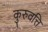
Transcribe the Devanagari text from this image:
कुरुवत्ति